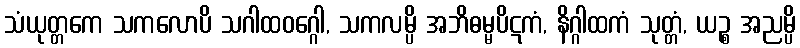
သံယုတ္တကေ သကလောပိ သဂါထဝဂ္ဂေါ, သကလမ္ပိ အဘိဓမ္မပိဋကံ, နိဂ္ဂါထကံ သုတ္တံ, ယဉ္စ အညမ္ပိ